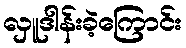
လှူဒါန်းခဲ့ကြောင်း